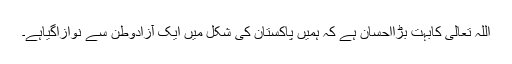
اللہ تعالیٰ کابہت بڑااحسان ہے کہ ہمیں پاکستان کی شکل میں ایک آزادوطن سے نوازاگیاہے۔